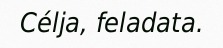
Célja, feladata.